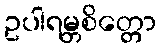
ဥပါရမ္ဘစိတ္တော